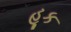
હૂક